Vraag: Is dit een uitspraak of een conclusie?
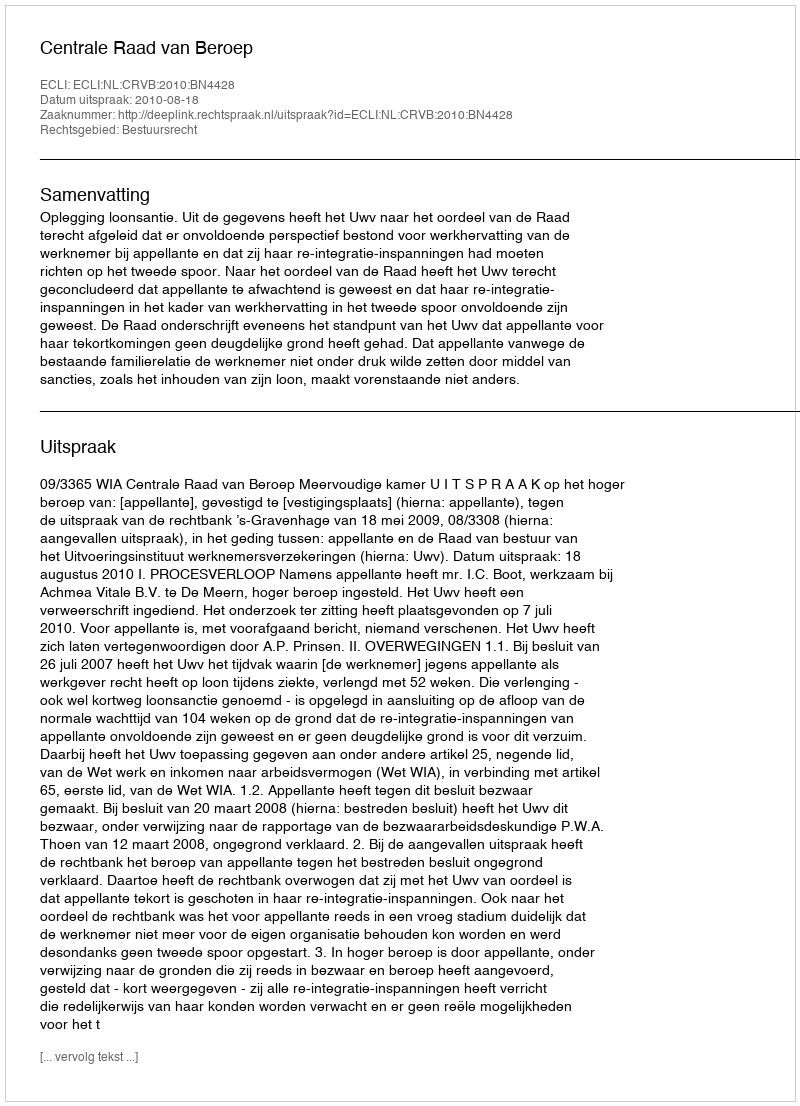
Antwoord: Uitspraak